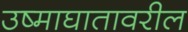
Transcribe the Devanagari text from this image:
उष्माघातावरील